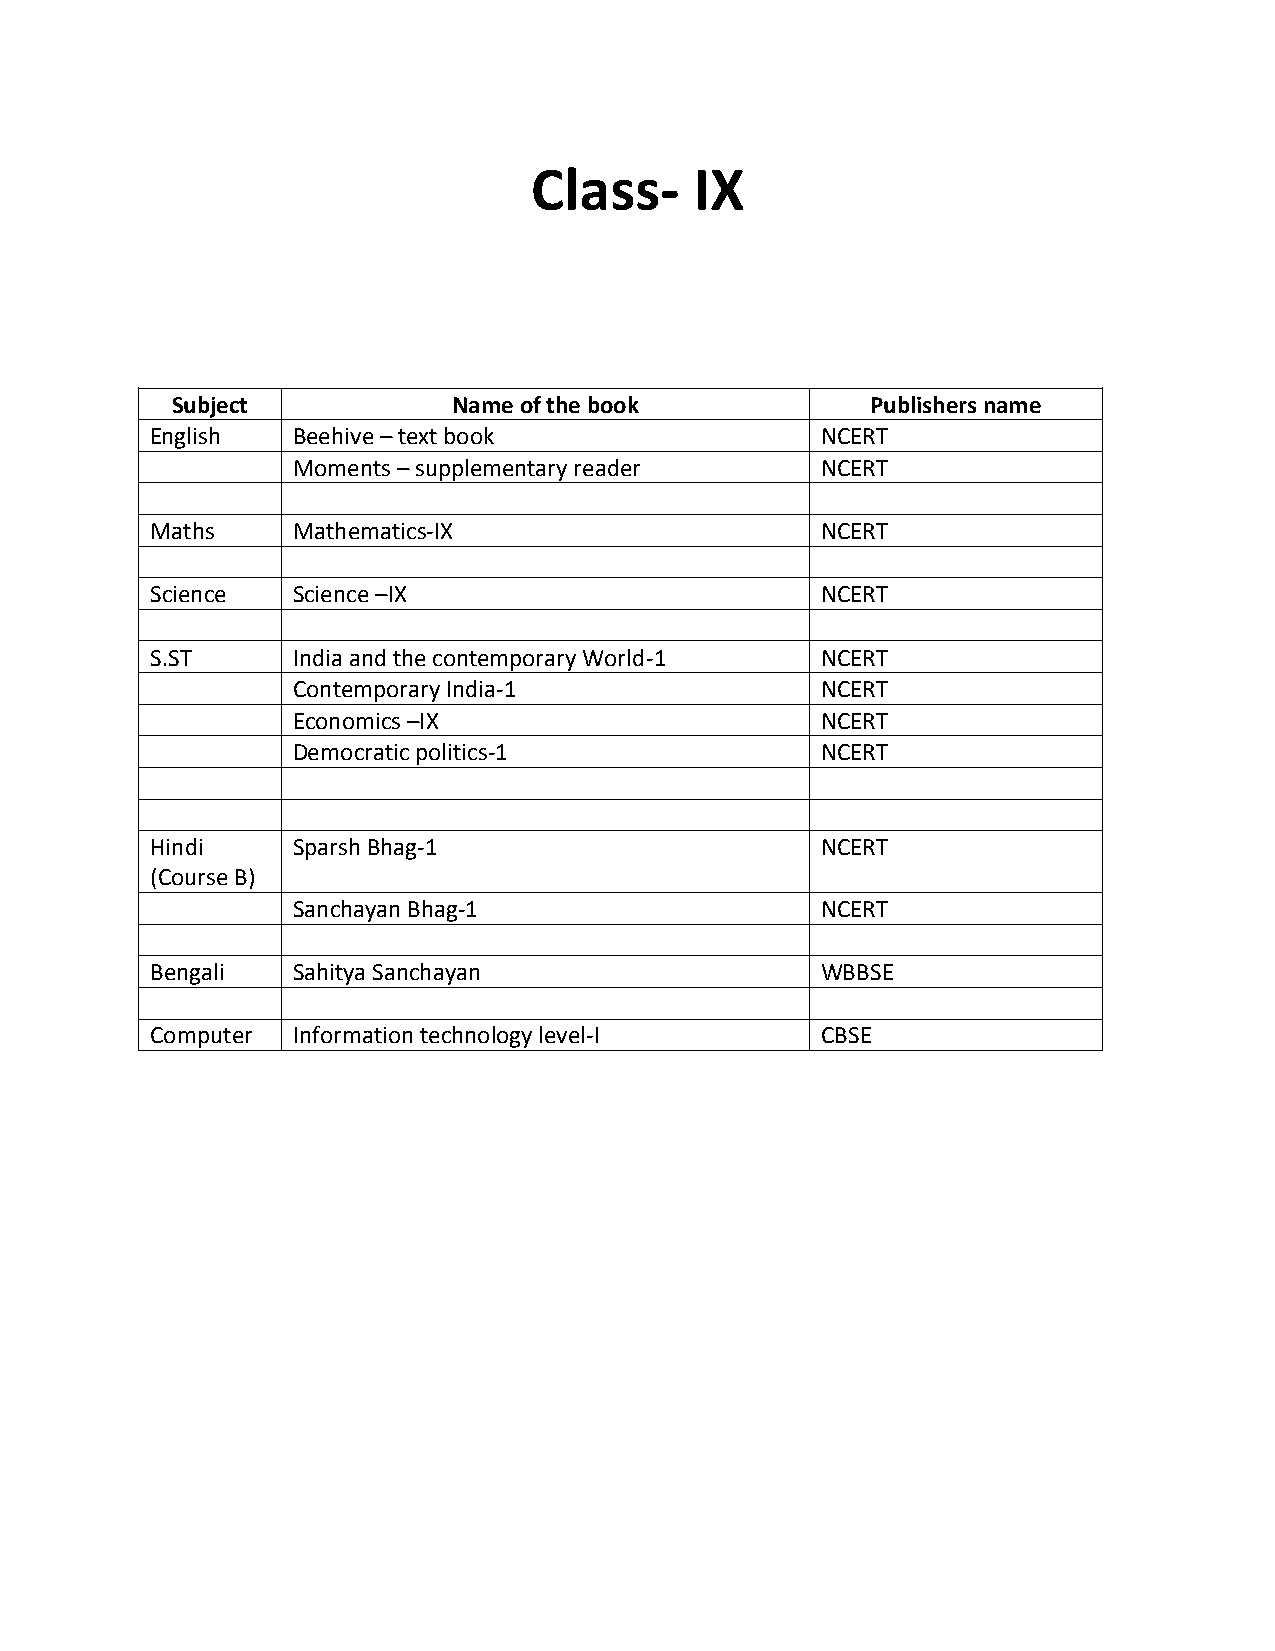
Class-     IX
 Subject            Name of the book            Publishers name
 English  Beehive – text book                NCERT
 Moments – supplementary reader     NCERT
 Maths    Mathematics-IX                     NCERT
 Science  Science –IX                        NCERT
 S.ST     India and the contemporary World-1 NCERT
 Contemporary India-1               NCERT
 Economics –IX                      NCERT
 Democratic politics-1              NCERT
 Hindi    Sparsh Bhag-1                      NCERT
 (Course B)
 Sanchayan Bhag-1                   NCERT
 Bengali  Sahitya Sanchayan                  WBBSE
 Computer Information technology level-I     CBSE